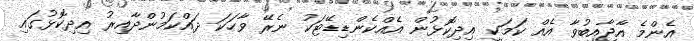
އެންމެ އާޖާއިބުވާ އެއް ކަމަކީ އިދިކޮޅުން އެއްކެންޑިޑޭޓަކު ނެރޭ ވާހަކަ ދައްކަމުންދާއިރު އިދިކޮޅުގައި